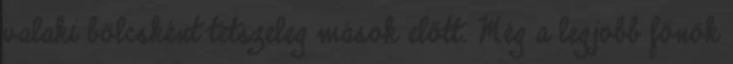
valaki bölcsként tetszeleg mások előtt. Még a legjobb főnök